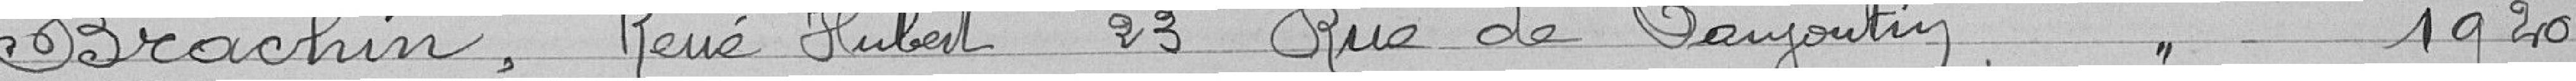
BRACHIN, René Hubert, 23 Rue de Danjoutin     Classe 1920